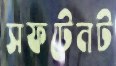
সফটেনট